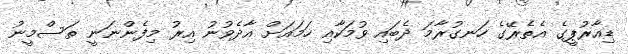
ޑިއާރުޕީގެ އެތެރޭގެ ހަނގުރާމަ ދެބައި ވުމަކާއި ހަމައަށް އާދެވުނު އިރު މިފެންނަނީ ތަސްމީނު